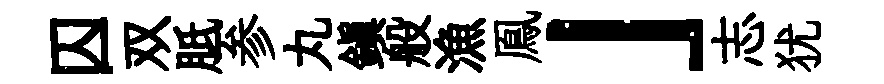
囚双胝参丸鎮般漁鳯」志犹